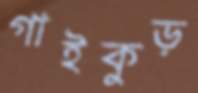
গাইকুড়